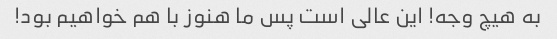
به هیچ وجه! این عالی است پس ما هنوز با هم خواهیم بود!